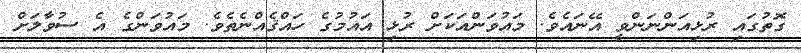
ގޮތުގައި ރުޅިއަންނަންވީ އޭނައެވެ. މައުވަންއަކަށް ރުޅި އައުމުގެ ހައްޤެއްނެތެވެ. މައުވަންގެ އެ ސުވާލަށް